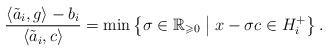
LaTeX: \begin{align*}\frac{\left\langle \tilde a_i,g\right\rangle-b_i}{\left\langle \tilde a_i,c \right\rangle}=\min\left\lbrace \sigma \in\mathbb{R}_{\geqslant 0}\; \middle| \; x-\sigma c \in H_i^+ \right\rbrace.\end{align*}